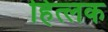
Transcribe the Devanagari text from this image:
हित्लक